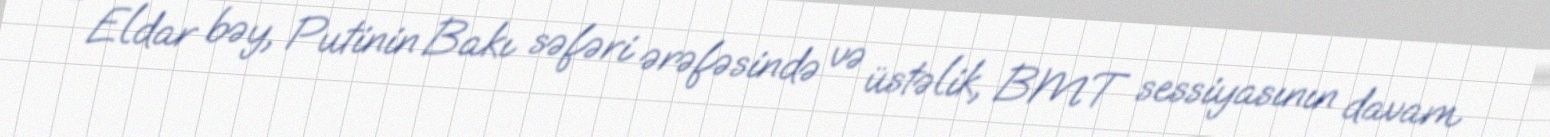
- Eldar bəy, Putinin Bakı səfəri ərəfəsində və üstəlik, BMT sessiyasının davam